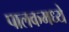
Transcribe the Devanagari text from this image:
पालकमध्ये